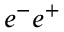
e ^ { - } e ^ { + }